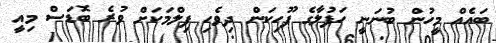
ބައެއް މީހުން ބުނަނީ ހަފުލާގެ ފޫހިކަން ދިވެހި ފިލްމަކަށް ވުރެ ބޮޑަސް މިއީ